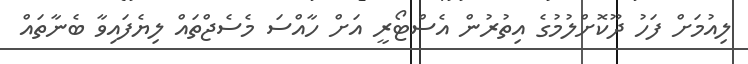
ލިއުމަށް ފަހު ދޫކޮށްލުމުގެ އިތުރުން އެސްޓޯރީ އަށް ހާއްސަ މެސެޖްތައް ލިޔެފައިވާ ބެނާތައް